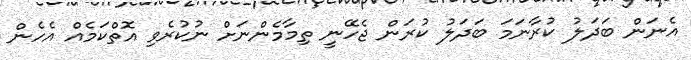
އެނަން ބަދަލު ކުރާނަމަ ބަދަލު ކުރަން ޖެހޭނީ ތިމާމެންނަށް ނުކުރެވި އޮތްކަމެއް އެހެން